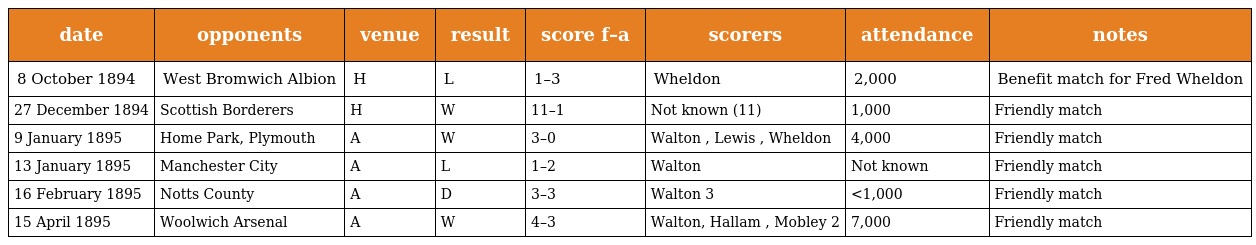
| date | opponents | venue | result | score f–a | scorers | attendance | notes |
 | --- | --- | --- | --- | --- | --- | --- | --- |
 | 8 October 1894 | West Bromwich Albion | H | L | 1–3 | Wheldon | 2,000 | Benefit match for Fred Wheldon |
 | 27 December 1894 | Scottish Borderers | H | W | 11–1 | Not known (11) | 1,000 | Friendly match |
 | 9 January 1895 | Home Park, Plymouth | A | W | 3–0 | Walton , Lewis , Wheldon | 4,000 | Friendly match |
 | 13 January 1895 | Manchester City | A | L | 1–2 | Walton | Not known | Friendly match |
 | 16 February 1895 | Notts County | A | D | 3–3 | Walton 3 | <1,000 | Friendly match |
 | 15 April 1895 | Woolwich Arsenal | A | W | 4–3 | Walton, Hallam , Mobley 2 | 7,000 | Friendly match |